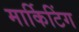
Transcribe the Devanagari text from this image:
मार्किटिंग